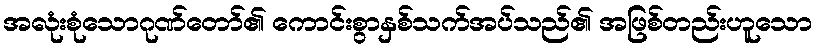
အလုံးစုံသောဂုဏ်တော်၏ ကောင်းစွာနှစ်သက်အပ်သည်၏ အဖြစ်တည်းဟူသော